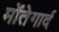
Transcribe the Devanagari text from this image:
मोंतेगार्द